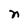
Character: n